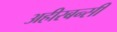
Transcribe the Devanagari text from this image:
अहीरबन्सी